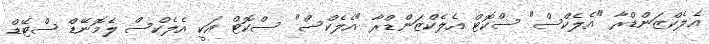
އެލެކްޒަންޑްރާ "އެލެކްސް" ސްކޮޓް އެލެކްޒަންޑްރާ "އެލެކްސް" ސްކޮޓް އަކީ އެލެކްސް ލެމޮނޭޑް ސްޓޭޑް